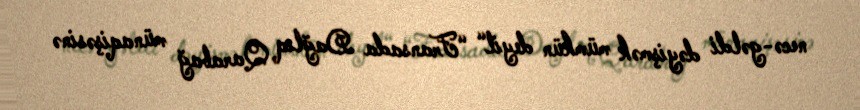
necə-gəldi dəyişmək mümkün deyil“ “Fransada Dağlıq Qarabağ münaqişəsinə